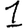
Digit: 1